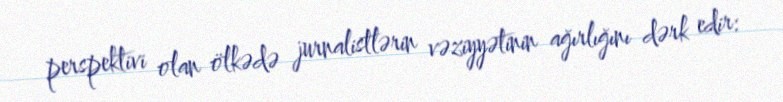
perspektivi olan ölkədə jurnalistlərin vəziyyətinin ağırlığını dərk edir: